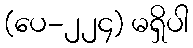
(ပေ-၂၂၄) မရှိပါ